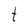
Character: t